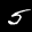
Label: 5